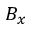
B _ { x }